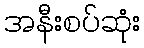
အနီးစပ်ဆုံး